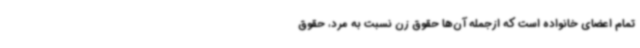
تمام اعضای خانواده است که ازجمله آن‌ها حقوق زن نسبت به مرد، حقوق